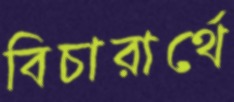
বিচারার্থে